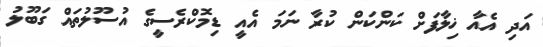
އަދި އެއާ ޚިިލާފަށް ކަންކަން ކުރާ ނަމަ އެއީ ޑިމޮކްރެސީގެ އުސޫލުތައް ގަބޫލު